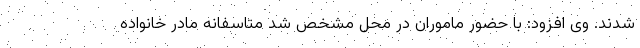
شدند. وی افزود: با حضور ماموران در محل مشخص شد متاسفانه مادر خانواده